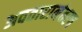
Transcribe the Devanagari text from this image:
अवतारानंतरच